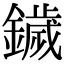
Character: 鐬